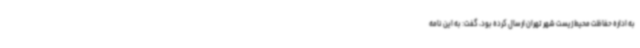
به اداره حفاظت محیط زیست شهر تهران ارسال کرده بود، گفت: به این نامه